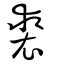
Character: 裘